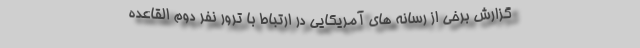
گزارش برخی از رسانه های آمریکایی در ارتباط با ترور نفر دوم القاعده